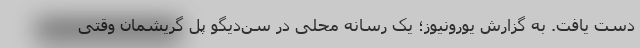
دست یافت. به گزارش یورونیوز؛ یک رسانه محلی در سن‌دیگو پل گریشمان وقتی